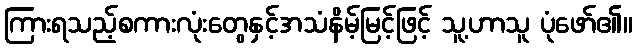
ကြားရသည့်စကားလုံးတွေနှင့်အသံနိမ့်မြင့်ဖြင့် သူ့ဟာသူ ပုံဖော်၏။